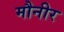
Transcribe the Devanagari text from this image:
मौनीर